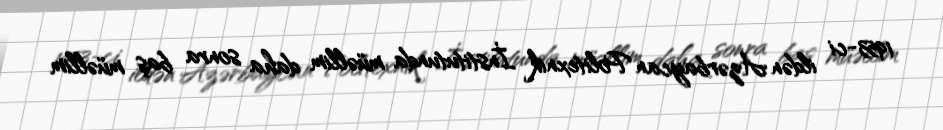
1953-ci ildən Azərbaycan Politexnik İnstitutunda müəllim daha sonra baş müəllim